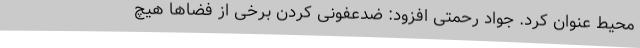
محیط عنوان کرد. جواد رحمتی افزود: ضدعفونی کردن برخی از فضاها هیچ